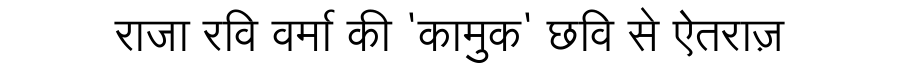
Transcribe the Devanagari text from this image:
राजा रवि वर्मा की 'कामुक' छवि से ऐतराज़